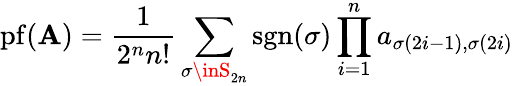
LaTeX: \operatorname{pf}(\mathbf{A})={\frac{{1}}{{2^{n}n!}}}\sum_{\sigma\inS_{2n}}\operatorname{sgn}(\sigma)\prod_{i=1}^{n}a_{\sigma(2i-1),\sigma(2i)}